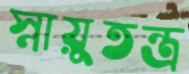
স্নায়ুতন্ত্র